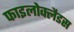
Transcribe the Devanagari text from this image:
फाइलोक्लैडस